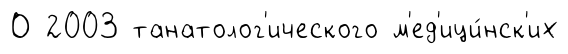
О 2003 танатолог'ического м'ед'ици́нск'их